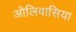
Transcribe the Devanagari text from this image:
ओलिवासिया